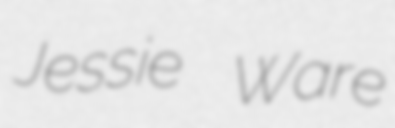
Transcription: Jessie Ware